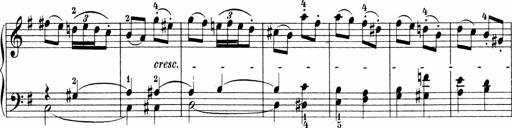
Title: 3 Sonatinas
Composer: Carl Reinecke